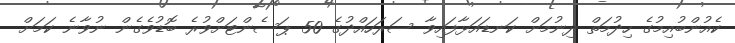
ކެއުންބުއިމުގެ ހިދުމަތް ދިނުމަށް ކަނޑައަޅާފައިވާ ސަރަހައްދުގެ 50 ޕަސެންޓަށްވުރެ ބޮޑުވެގެން ނުވާނެ ކަމަށް